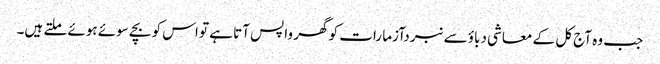
جب وہ آج کل کے معاشی دباؤ سے نبردآزما رات کو گھر واپس آتا ہے تو اس کو بچے سوئے ہوئے ملتے ہیں۔